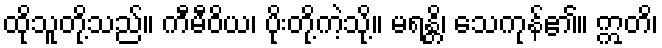
ထိုသူတို့သည်။ ကီမီဝိယ၊ ပိုးတို့ကဲ့သို့။ မရန္တိ၊ သေကုန်၏။ ဣတိ၊